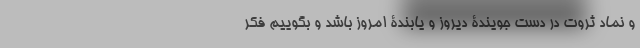
و نماد ثروت در دست جویندۀ دیروز و یابندۀ امروز باشد و بگوییم فکر